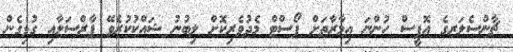
ޗާންސެލަރގެ އޮފީސް ހުންނަ އިމާރާތަށް ޕޯސްޓް މެދުވެރިކޮށް ލިބުނު ޝައްކުކުރެވޭ ޕާރްސަލާއި ގުޅިގެން